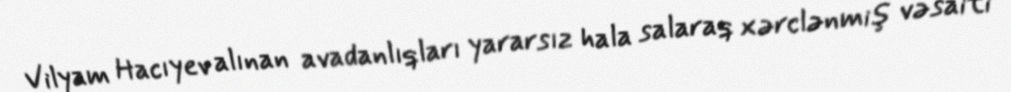
Vilyam Hacıyev alınan avadanlıqları yararsız hala salaraq xərclənmiş vəsaiti